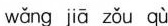
wǎng jiā zǒu qù